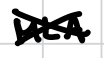
Text: MLA
Cross-out: mix
Writing tool: digital_black